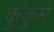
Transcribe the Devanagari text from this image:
कुंकुमे